Lunatic asylums Central Provinces reports 1895-1909 - 1895-1909
Year: 1895
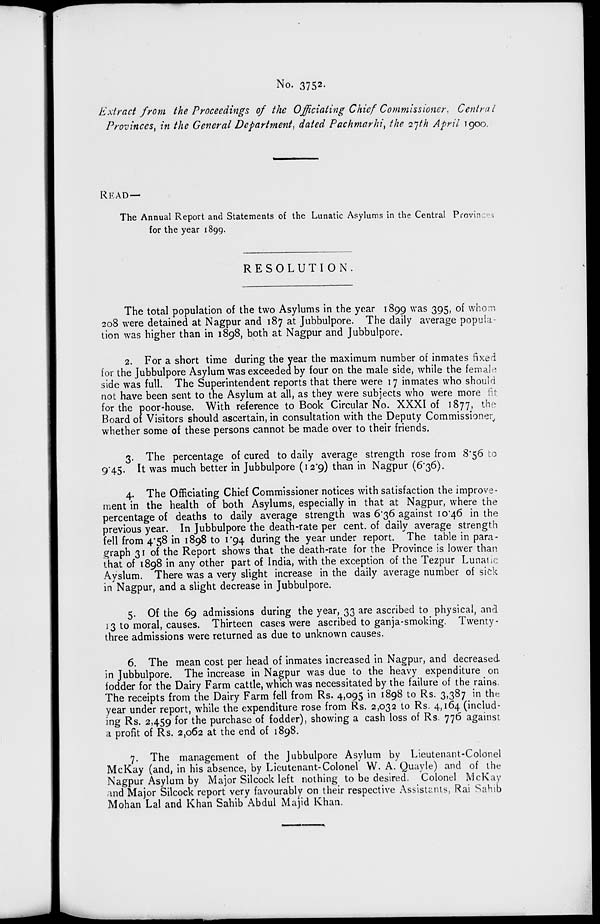
No. 3752.
Extract from the Proceedings of the Officiating Chief Commissioner. Central
Provinces, in the General Department, dated Pachmarhi, the 27th April 1900.
READ—
The Annual Report and Statements of the Lunatic Asylums in the Central Provinces
for the year 1899.
RESOLUTION.
The total population of the two Asylums in the year 1899 was 395, of whom
208 were detained at Nagpur and 187 at Jubbulpore. The daily average popula-
tion was higher than in 1898, both at Nagpur and Jubbulpore.
2. For a short time during the year the maximum number of inmates fixed
for the Jubbulpore Asylum was exceeded by four on the male side, while the female
side was full. The Superintendent reports that there were 17 inmates who should
not have been sent to the Asylum at all, as they were subjects who were more fit:
for the poor-house. With reference to Book Circular No. XXXI of 1877, the
Board of Visitors should ascertain, in consultation with the Deputy Commissioner
whether some of these persons cannot be made over to their friends.
3. The percentage of cured to daily average strength rose from 8.56 to
9.45. It was much better in Jubbulpore (12.9) than in Nagpur (6.36).
4. The Officiating Chief Commissioner notices with satisfaction the improve-
ment in the health of both Asylums, especially in that at Nagpur, where the
percentage of deaths to daily average strength was 6.36 against 10.46 in the
previous year. In Jubbulpore the death-rate per cent. of daily average strength
fell from 4.58 in 1898 to 1.94 during the year under report. The table in para-
graph 31 of the Report shows that the death-rate for the Province is lower than
that of 1898 in any other part of India, with the exception of the Tezpur Lunatic
Ayslum. There was a very slight increase in the daily average number of sick
in Nagpur, and a slight decrease in Jubbulpore.
5. Of the 69 admissions during the year, 33 are ascribed to physical, and
13 to moral, causes. Thirteen cases were ascribed to ganja-smoking. Twenty -
three admissions were returned as due to unknown causes.
6. The mean cost per head of inmates increased in Nagpur, and decreased
in Jubbulpore. The increase in Nagpur was due to the heavy expenditure on
fodder for the Dairy Farm cattle, which was necessitated by the failure of the rains.
The receipts from the Dairy Farm fell from Rs. 4,095 in 1898 to Rs. 3,387 in the
year under report, while the expenditure rose from Rs. 2,032 to Rs. 4,164 (includ-
ing Rs. 2,459 for the purchase of fodder), showing a cash loss of Rs. 776 against
a profit of Rs. 2,062 at the end of 1898.
7. The management of the Jubbulpore Asylum by Lieutenant-Colonel
McKay (and, in his absence, by Lieutenant-Colonel W. A. Quayle) and of the
Nagpur Asylum by Major Silcock left nothing to be desired. Colonel McKay
and Major Silcock report very favourably on their respective Assistants, Rai Sahib
Mohan Lal and Khan Sahib Abdul Majid Khan.